Vaccine operations Central Provinces 1900-1911 - 1900-1911
Year: 1900
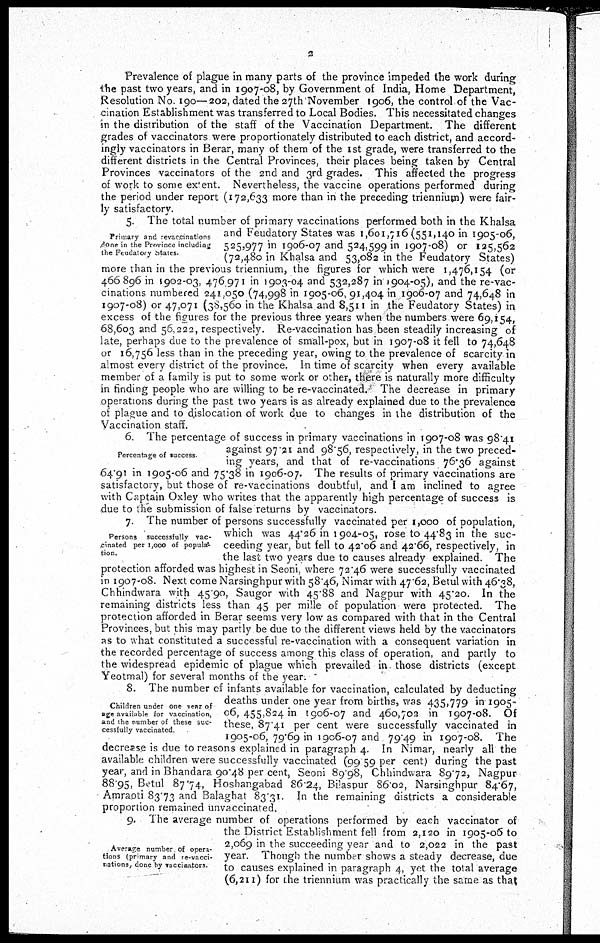
2
Prevalence of plague in many parts of the province impeded the work during
the past two years, and in 1907-08, by Government of India, Home Department,
Resolution No. 190—202, dated the 27th November 1906, the control of the Vac-
cination Establishment was transferred to Local Bodies. This necessitated changes
in the distribution of the staff of the Vaccination Department. The different
grades of vaccinators were proportionately distributed to each district, and accord-
ingly vaccinators in Berar, many of them of the 1st grade, were transferred to the
different districts in the Central Provinces, their places being taken by Central
Provinces vaccinators of the 2nd and 3rd grades. This affected the progress
of work to some extent. Nevertheless, the vaccine operations performed during
the period under report (172,633 more than in the preceding triennium) were fair¬
lv satisfactory
Primary and revaccinations
done in the Province including
the Feudatory States.
5. The total number of primary vaccinations performed both in the Khalsa
and Feudatory States was 1,601,716(551,140 in 1905-06,
525,977 in 1906-07 and 524,599 in 1907-08) or 125,562
(72,480 in Khalsa and 53,082 in the Feudatory States)
more than in the previous triennium, the figures for which were 1,476,154 (or
466,896 in 1902-03, 476,971 in 1903-04 and 532,287 in 1904-05), and the re-vac-
cnations numbered 241,050 (74,998 in 1905-06, 91,404 in 1906-07 and 74,648 in
1907-08) or 47,071 (38,560 in the Khalsa and 8,511 in the Feudatory States) in
excess of the figures for the previous three years when the numbers were 69,154,
68,603 and 56,222, respectively. Re-vaccination has been steadily increasing of
late, perhaps due to the prevalence of small-pox, but in 1907-08 it fell to 74,648
or 16,756 less than in the preceding year, owing to the prevalence of scarcity in
almost every district of the province. In time of scarcity when every available
member of a family is put to some work or other, there is naturally more difficulty
in finding people who are willing to be re-vaccinated. The decrease in primary
operations during the past two years is as already explained due to the prevalence
of plague and to dislocation of work due to changes in the distribution of the
Vaccination staff.
Percentage of success
6 The percentage of success in primary vaccinations in 1907-08 was 98.41
against 97.21 and 98.56, respectively, in the two preced-
ing years, and that of re-vaccinations 76.36 against
64.91 in 1905-06 and 75.38 in 1906-07. The results of primary vaccinations are
satisfactory, but those of re-vaccinations doubtful, and I am inclined to agree
with Captain Oxley who writes that the apparently high percentage of success is
due to the submission of false returns by vaccinators.
Persons successfully vac-
cinated per 1,000 of popula¬
tion.
7. The number of persons successfully vaccinated per 1,000 of population,
which was 44.26 in 1904-05, rose to 44.83 in the suc-
ceeding year, but fell to 42.06 and 42.66, respectively, in
the last two years due to causes already explained. The
protection afforded was highest in Seoni, where 72.46 were successfully vaccinated
in 1907-08. Next come Narsinghpur with 58.46, Nimar with 47.62, Betul with 46.38,
Chhindwara with 45.90, Saugor with 45.88 and Nagpur with 45.20. In the
remaining districts less than 45 per mille of population were protected. The
protection afforded in Berar seems very low as compared with that in the Central
Provinces, but this may partly be due to the different views held by the vaccinators
as to what constituted a successful re-vaccination with a consequent variation in
the recorded percentage of success among this class of operation, and partly to
the widespread epidemic of plague which prevailed in those districts (except
Yeotmal) for several months of the year.
Children under one year of
age available for vaccination,
and the number of these suc-
cessfully vaccinated
8. The number of infants available for vaccination, calculated by deducting
deaths under one year from births, was 435,779 in 1905-
06,455,824 in 1906-07 and 460,702 in 1907-08. Of
these, 87.41 per cent were successfully vaccinated in
1905-06, 79.69 in 1906-07 and 79.49 in 1907-08. The
decrease is due to reasons explained in paragraph 4. In Nimar, nearly all the
available children were successfully vaccinated (99.59 per cent) during the past
year, and in Bhandara 90.48 per cent, Seoni 8998, Chhindwara 89.72, Nagpur
88.95, Betul 87.74, Hoshangabad 86.24, Bilaspur 86.02, Narsinghpur 84.67,
Amraoti 83.73 and Balaghat 83.31. In the remaining districts a considerable
proportion remained unvaccinated.
Average number of opera-
tions (primary and re-vacci-
nations, done by vaccinators
9. The average number of operations performed by each vaccinator of
the District Establishment fell from 2,120 in 1905-06 to
2,069 in the succeeding year and to 2,022 in the past
year. Though the number shows a steady decrease, due
to causes explained in paragraph 4, yet the total average
(6,211) for the triennium was practically the same as that